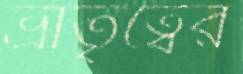
ভ্রাতৃত্বের